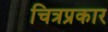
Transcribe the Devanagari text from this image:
चित्रप्रकार